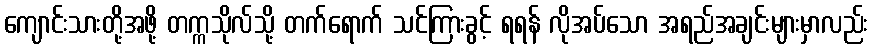
ကျောင်းသားတို့အဖို့ တက္ကသိုလ်သို့ တက်ရောက် သင်ကြားခွင့် ရရန် လိုအပ်သော အရည်အချင်းများမှာလည်း